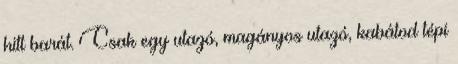
hitt barát. Csak egy utazó, magányos utazó, kabátod tépi